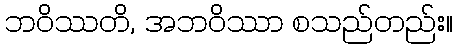
ဘဝိဿတိ, အဘဝိဿာ စသည်တည်း။